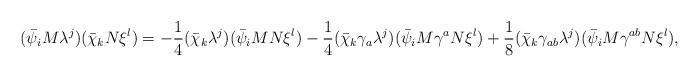
LaTeX: \begin{align*}(\bar{\psi}_iM\lambda^j)(\bar{\chi}_kN\xi^l)=-\frac{1}{4}(\bar{\chi}_k\lambda^j)(\bar{\psi}_iMN\xi^l)-\frac{1}{4}(\bar{\chi}_k\gamma_a\lambda^j)(\bar{\psi}_iM\gamma^aN\xi^l)+\frac{1}{8}(\bar{\chi}_k\gamma_{ab}\lambda^j)(\bar{\psi}_iM\gamma^{ab}N\xi^l),\end{align*}